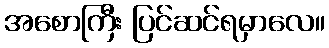
အစောကြီး ပြင်ဆင်ရမှာလေ။